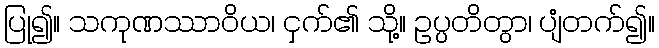
ပြု၍။ သကုဏဿာဝိယ၊ ငှက်၏ သို့။ ဥပ္ပတိတွာ၊ ပျံတက်၍။